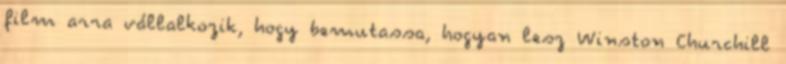
film arra vállalkozik, hogy bemutassa, hogyan lesz Winston Churchill